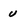
Character: u